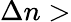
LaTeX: {\Delta}n>